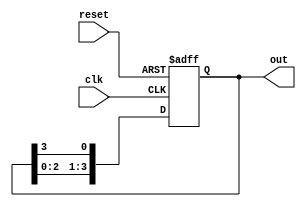
module ring_counter #(
    parameter N = 4  // Parameter to define the number of flip-flops
) (
    input wire clk,     // Clock input
    input wire reset,   // Reset input
    output reg [N-1:0] out // Output representing the current state of the ring counter
);

    // Initial state
    initial begin
        out = 1'b1; // Set initial state to 100...0 (1 at the MSB)
    end

    always @(posedge clk or posedge reset) begin
        if (reset) begin
            out <= 1'b1; // Reset to initial state (1 followed by N-1 zeros)
        end else begin
            out <= {out[N-2:0], out[N-1]}; // Shift the '1' to the right
        end
    end

endmodule